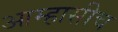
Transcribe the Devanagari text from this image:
आम्हासीच